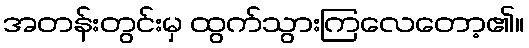
အတန်းတွင်းမှ ထွက်သွားကြလေတော့၏။